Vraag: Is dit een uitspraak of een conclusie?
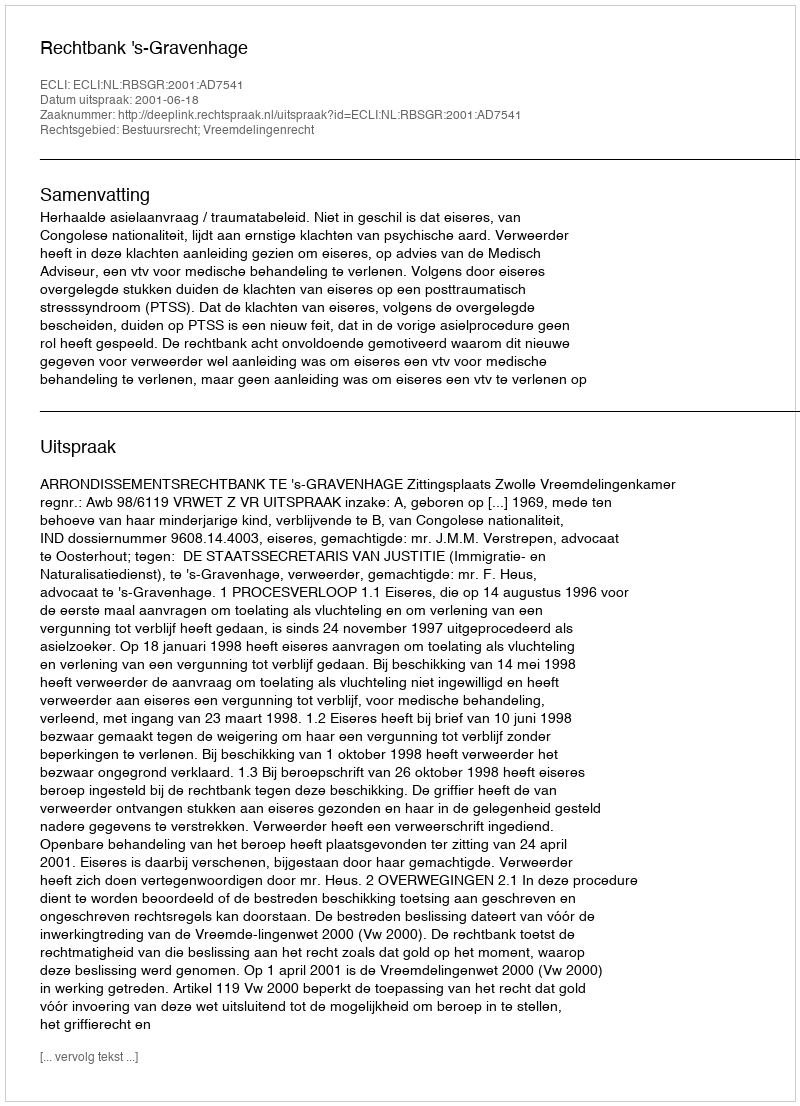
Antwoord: Uitspraak